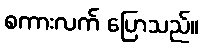
စကားလက် ပြောသည်။